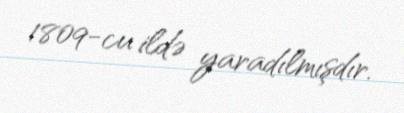
1809-cu ildə yaradılmışdır.